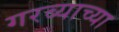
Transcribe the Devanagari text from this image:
गरब्याच्या